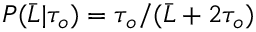
P ( \bar { L } \vert \tau _ { o } ) = \tau _ { o } / ( \bar { L } + 2 \tau _ { o } )